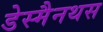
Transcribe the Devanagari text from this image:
डेस्मैनथस